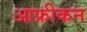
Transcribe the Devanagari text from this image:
आफ्रीकन